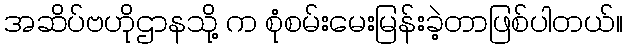
အဆိပ်ဗဟိုဌာနသို့ က စုံစမ်းမေးမြန်းခဲ့တာဖြစ်ပါတယ်။